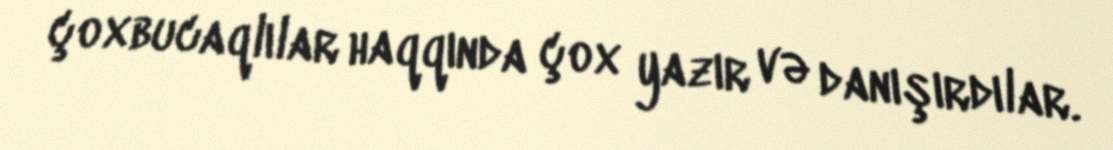
çoxbucaqlılar haqqında çox yazır və danışırdılar.